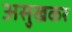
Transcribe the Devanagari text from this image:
असुखकर